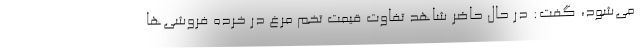
می‌شود، گفت: در حال حاضر شاهد تفاوت قیمت تخم مرغ در خرده فروشی‌ها